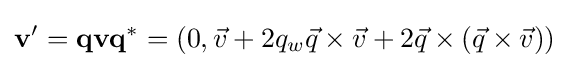
{\begin{aligned}\mathbf {v} ^{\prime }&=\mathbf {qvq^{\ast }} =(0,{\vec {v}}+2q_{w}{\vec {q}}\times {\vec {v}}+2{\vec {q}}\times ({\vec {q}}\times {\vec {v}}))\\\end{aligned}}